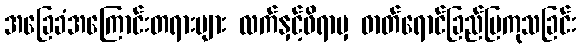
အခြေခံအကြောင်းတရားများ လက်နှင့်ဖိရာမှ ဓာတ်ရောင်ခြည်ပြကုသခြင်း